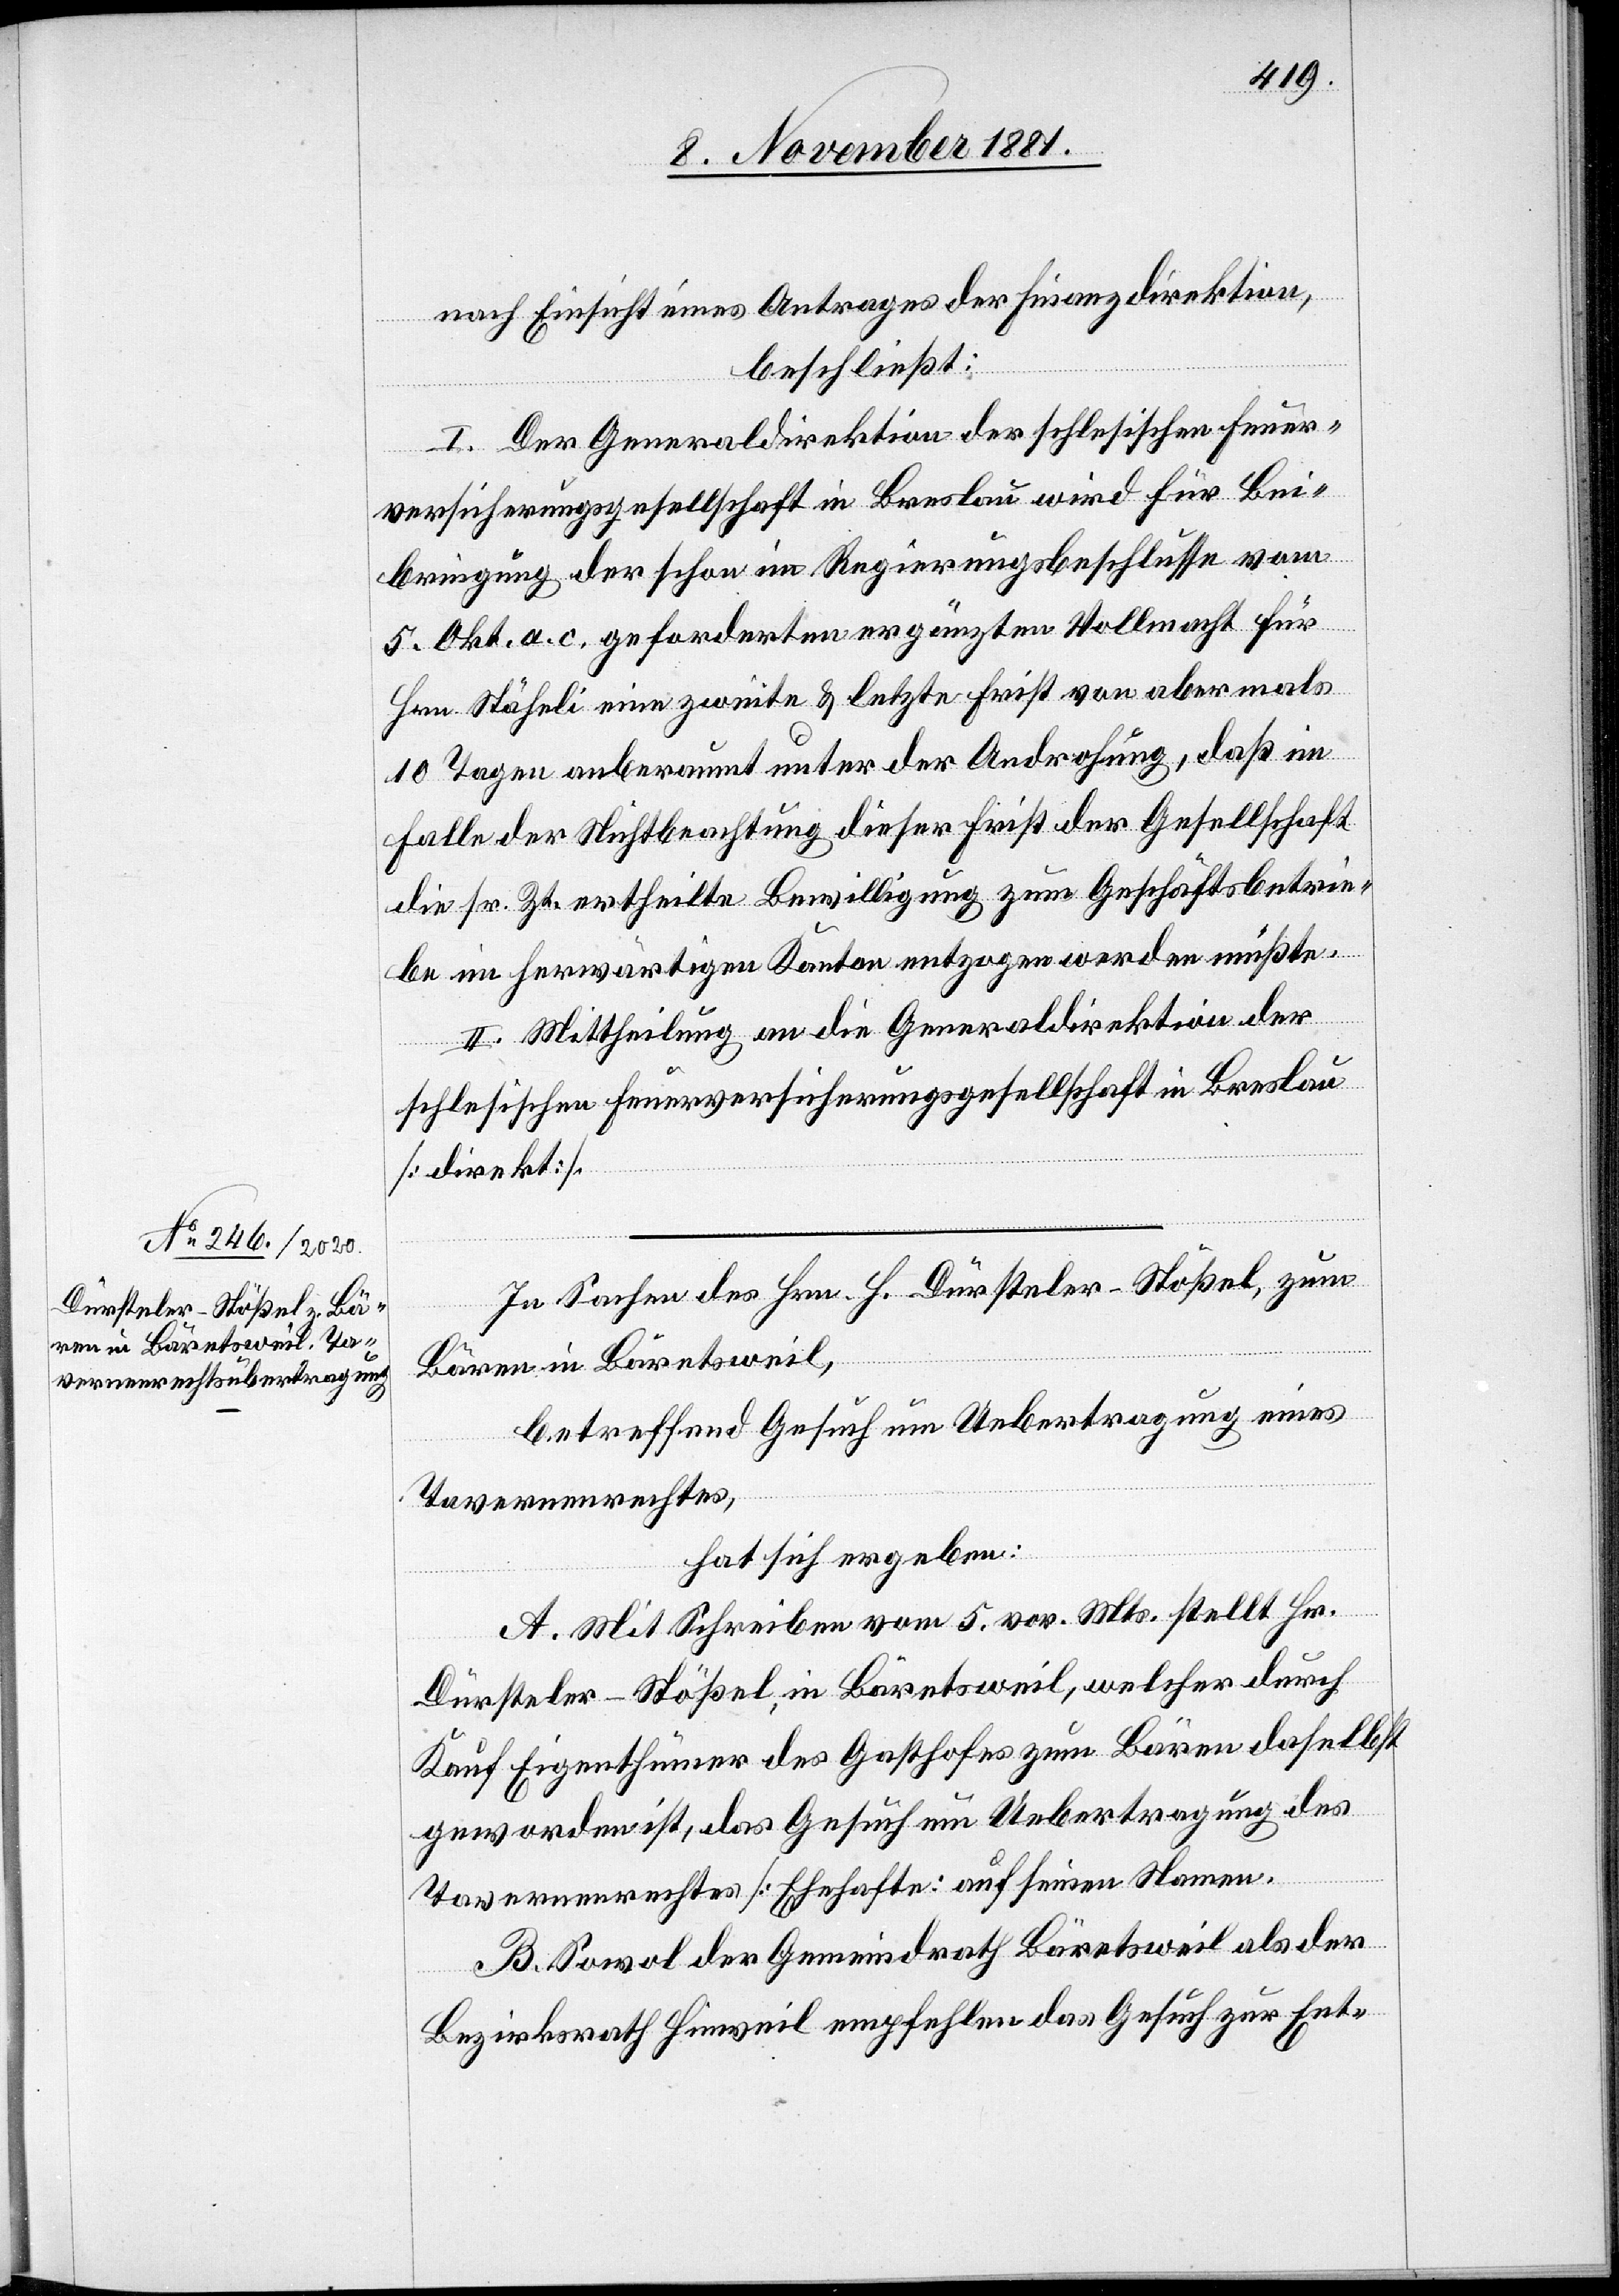
nach Einsicht eines Antrages der Finanzdirektion,
beschließt:
I. Der Generaldirektion der schlesischen Feuer¬
versicherungsgesellschaft in Breslau wird für Bei¬
bringung der schon im Regierungsbeschlusse vom
5. Okt. a. c. geforderten ergänzten vollmacht für
Hrn. Stäheli eine zweite & letzte Frist von abermals
10 Tagen anberaumt unter der Androhung, daß im
Falle der Nichtbeachtung dieser Frist der Gesellschaft
die sr. Zt. ertheilte Bewilligung zum Geschäftsbetrie¬
be im herwärtigen Kanton entzogen werden müßte.
II. Mittheilung an die Generaldirektion der
schlesischen Feuerversicherungsgesellschaft in Breslau
[direkt].
In Sachen des Hrn. H. Dürsteler-Stößel, zum
Bären in Bäretsweil,
betreffend Gesuch um Uebertragung eines
Tavernenrechtes,
hat sich ergeben:
A. Mit Schreiben vom 5. vor. Mts. stellt Hr.
Dürsteler-Stößel, in Bäretsweil, welcher durch
Kauf Eigenthümer des Gasthofes zum Bären daselbst
geworden ist, das Gesuch um Uebertragung des
Tavernenrechtes [Ehehafte] auf seinen Namen.
B. Sowol der Gemeindrath Bäretsweil als der
Bezirksrath Hinweil empfehlen das Gesuch zur Ent-